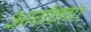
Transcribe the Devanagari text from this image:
आर्यनचा